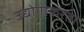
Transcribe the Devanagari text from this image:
उद्योगाकरता